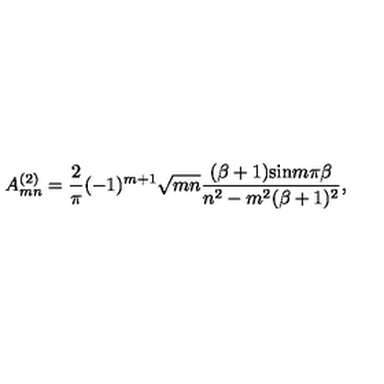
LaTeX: A _ { m n } ^ { ( 2 ) } = { \frac { 2 } { \pi } } ( - 1 ) ^ { m + 1 } \sqrt { m n } { \frac { ( \beta + 1 ) \mathrm { s i n } m \pi \beta } { n ^ { 2 } - m ^ { 2 } ( \beta + 1 ) ^ { 2 } } } ,